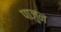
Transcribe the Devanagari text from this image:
पाजुन